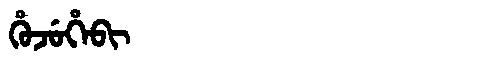
Manchu: ᡥᡠᠵᡠᡥᡝᠪᡳ
Romanization: HUJUHEBI